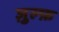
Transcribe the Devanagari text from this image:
ज़ुल्फ़